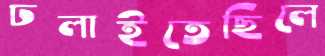
ঢলাইতেছিলে